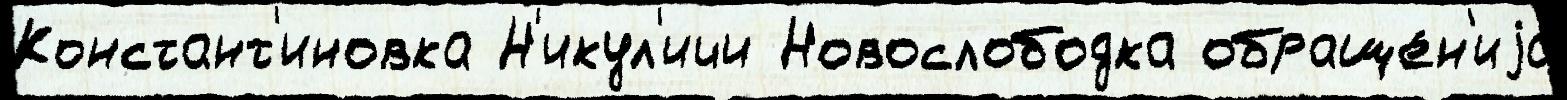
Констант'иновка Н'икул'ичи Новослободка обраще́н'иjа